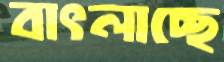
বাৎলাচ্ছে